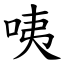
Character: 咦